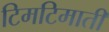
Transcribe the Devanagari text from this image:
टिमटिमाती